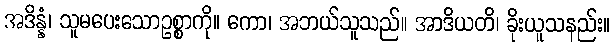
အဒိန္နံ၊ သူမပေးသောဥစ္စာကို။ ကော၊ အဘယ်သူသည်။ အာဒိယတိ၊ ခိုးယူသနည်း။